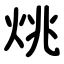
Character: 烑